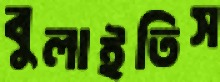
বুলাইতিস